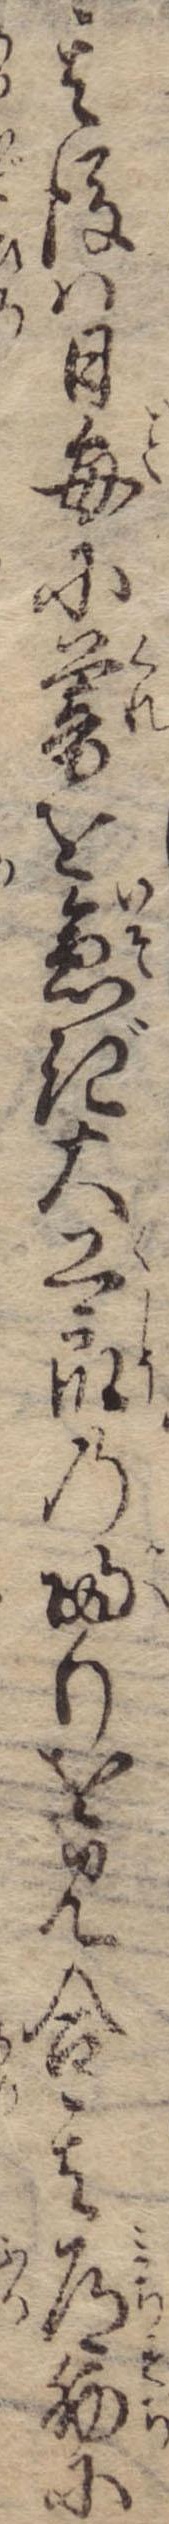
其後は日毎に暮を急ぎ大工衆の帰りを見合其道筋に